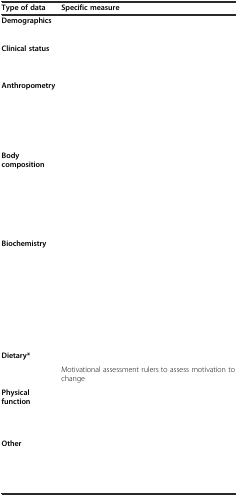
<table><thead><tr><td><b>Type of data</b></td><td><b>Specific measure</b></td></tr></thead><tbody><tr><td><b>Demographics</b></td><td>[EMPTY_CELL]</td></tr><tr><td>[EMPTY_CELL]</td><td>[EMPTY_CELL]</td></tr><tr><td><b>Clinical status</b></td><td>[EMPTY_CELL]</td></tr><tr><td>[EMPTY_CELL]</td><td>[EMPTY_CELL]</td></tr><tr><td><b>Anthropometry</b></td><td>[EMPTY_CELL]</td></tr><tr><td>[EMPTY_CELL]</td><td>[EMPTY_CELL]</td></tr><tr><td>[EMPTY_CELL]</td><td>[EMPTY_CELL]</td></tr><tr><td>[EMPTY_CELL]</td><td>[EMPTY_CELL]</td></tr><tr><td>[EMPTY_CELL]</td><td>[EMPTY_CELL]</td></tr><tr><td><b>Body composition</b></td><td>[EMPTY_CELL]</td></tr><tr><td>[EMPTY_CELL]</td><td>[EMPTY_CELL]</td></tr><tr><td>[EMPTY_CELL]</td><td>[EMPTY_CELL]</td></tr><tr><td>[EMPTY_CELL]</td><td>[EMPTY_CELL]</td></tr><tr><td>[EMPTY_CELL]</td><td>[EMPTY_CELL]</td></tr><tr><td><b>Biochemistry</b></td><td>[EMPTY_CELL]</td></tr><tr><td>[EMPTY_CELL]</td><td>[EMPTY_CELL]</td></tr><tr><td>[EMPTY_CELL]</td><td>[EMPTY_CELL]</td></tr><tr><td>[EMPTY_CELL]</td><td>[EMPTY_CELL]</td></tr><tr><td>[EMPTY_CELL]</td><td>[EMPTY_CELL]</td></tr><tr><td>[EMPTY_CELL]</td><td>[EMPTY_CELL]</td></tr><tr><td>[EMPTY_CELL]</td><td>[EMPTY_CELL]</td></tr><tr><td>[EMPTY_CELL]</td><td>[EMPTY_CELL]</td></tr><tr><td rowspan="2"><b>Dietary*</b></td><td>[EMPTY_CELL]</td></tr><tr><td>Motivational assessment rulers to assess motivation to change</td></tr><tr><td><b>Physical function</b></td><td>[EMPTY_CELL]</td></tr><tr><td>[EMPTY_CELL]</td><td>[EMPTY_CELL]</td></tr><tr><td>[EMPTY_CELL]</td><td>[EMPTY_CELL]</td></tr><tr><td><b>Other</b></td><td>[EMPTY_CELL]</td></tr><tr><td>[EMPTY_CELL]</td><td>[EMPTY_CELL]</td></tr><tr><td>[EMPTY_CELL]</td><td>[EMPTY_CELL]</td></tr><tr><td>[EMPTY_CELL]</td><td>[EMPTY_CELL]</td></tr></tbody></table>